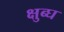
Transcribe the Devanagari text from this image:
क्षुब्घ